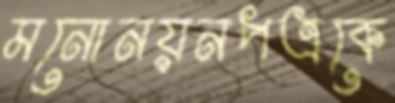
মনোনয়নপত্রকে